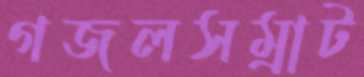
গজলসম্রাট